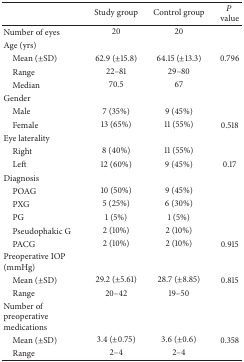
|  | Study group | Control group | P value |
 | --- | --- | --- | --- |
 | Number of eyes | 20 | 20 |  |
 | Age (yrs) |  |  |  |
 | Mean (±SD) | 62.9 (±15.8) | 64.15 (±13.3) | 0.796 |
 | Range | 22–81 | 29–80 |  |
 | Median | 70.5 | 67 |  |
 | Gender |  |  |  |
 | Male | 7 (35%) | 9 (45%) |  |
 | Female | 13 (65%) | 11 (55%) | 0.518 |
 | Eye laterality |  |  |  |
 | Right | 8 (40%) | 11 (55%) |  |
 | Left | 12 (60%) | 9 (45%) | 0.17 |
 | Diagnosis |  |  |  |
 | POAG | 10 (50%) | 9 (45%) |  |
 | PXG | 5 (25%) | 6 (30%) |  |
 | PG | 1 (5%) | 1 (5%) |  |
 | Pseudophakic G | 2 (10%) | 2 (10%) |  |
 | PACG | 2 (10%) | 2 (10%) | 0.915 |
 | Preoperative IOP (mmHg) |  |  |  |
 | Mean (±SD) | 29.2 (±5.61) | 28.7 (±8.85) | 0.815 |
 | Range | 20–42 | 19–50 |  |
 | Number of preoperative medications |  |  |  |
 | Mean (±SD) | 3.4 (±0.75) | 3.6 (±0.6) | 0.358 |
 | Range | 2–4 | 2–4 |  |